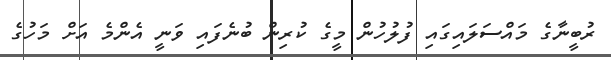
ރުބީނާގެ މައްސަލައިގައި ފުލުހުން މީގެ ކުރިން ބުނެފައި ވަނީ އެންމެ އަށް މަހުގެ